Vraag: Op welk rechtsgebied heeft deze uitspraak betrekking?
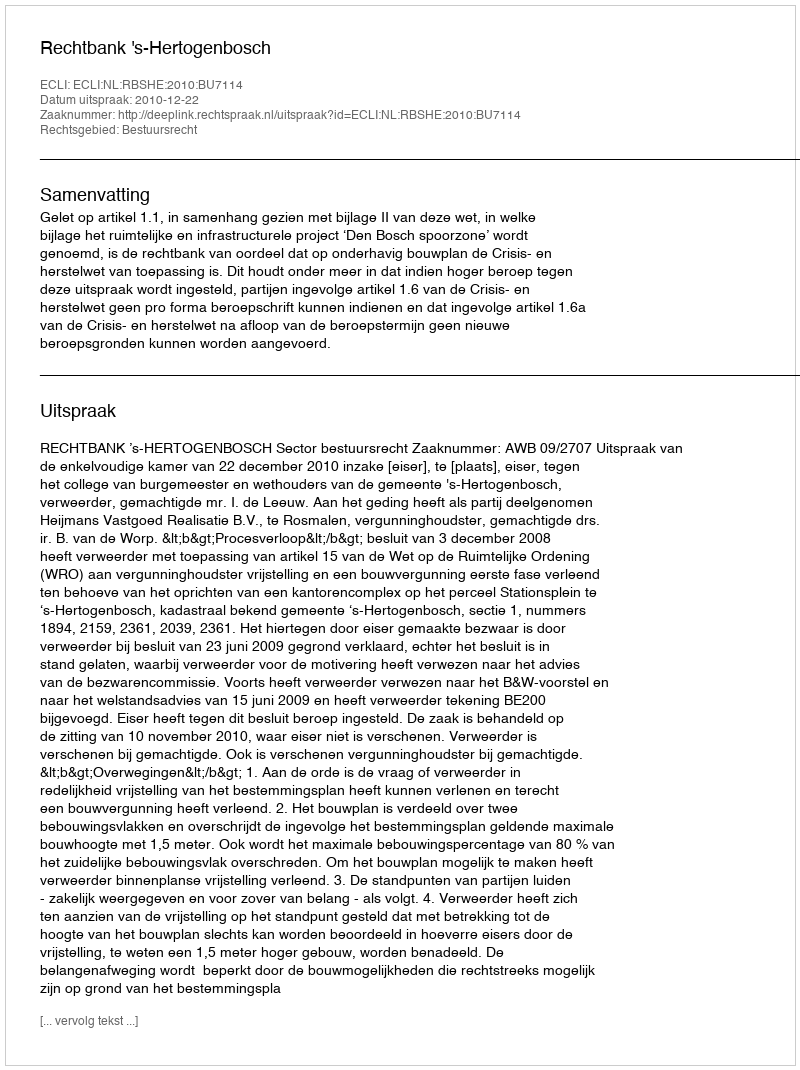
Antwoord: Bestuursrecht